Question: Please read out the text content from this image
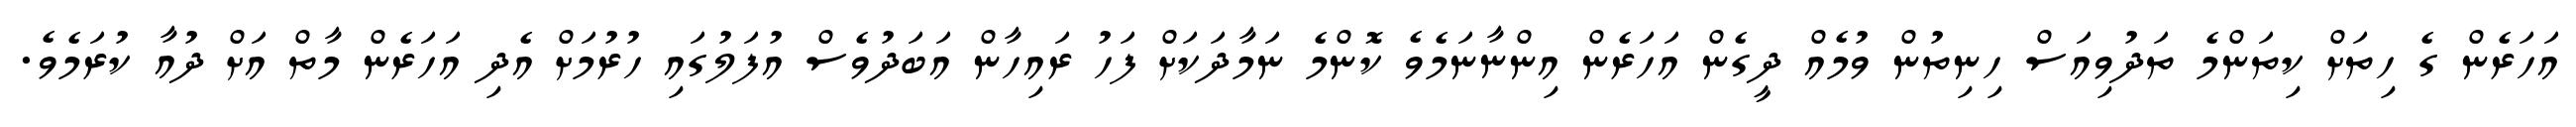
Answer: އަހަރެން ގެ ހިތަށް ކިތަންމެ ތަދުވިއަސް ހިނިތުން ވުމެއް ދީގެން އަހަރެން އިންނާނަމެވެ ކޮންމެ ނަމާދަކަށް ފަހު ރައިހާން އަބަދުވެސް އުފަލުގައި ހުރުމަށް އެދި އަހަރެން މާތް އަށް ދުއާ ކުރަމެވެ.